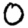
Digit: 0